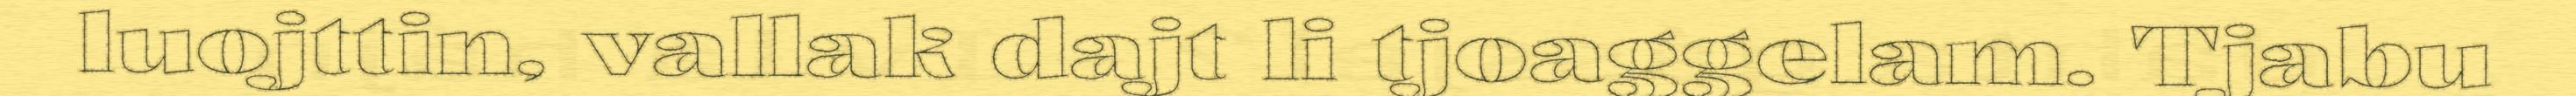
luojttin, vallak dajt li tjoaggelam. Tjabu